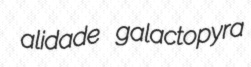
alidade galactopyra